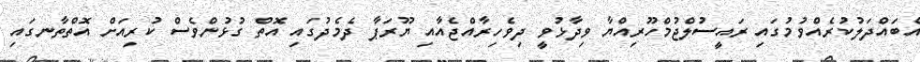
އެބައްދަލުކުރެއްވުމުގައި ރައީސުލްޖުމްހޫރިއްޔާ ވިދާޅުވީ ދިވެހިރާއްޖެއާއި ޔޫރަޕާ ދެމެދުގައި އޮތް ގުޅުންވެސް ކުރިއަށް އޮތްތާނގައި